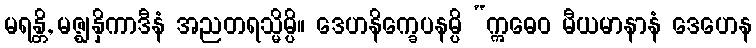
မရန္တိ, မဇ္ဈနှိကာဒီနံ အညတရသ္မိမ္ပိ။ ဒေဟနိက္ခေပနမ္ပိ “ဣဓေဝ မီယမာနာနံ ဒေဟေန